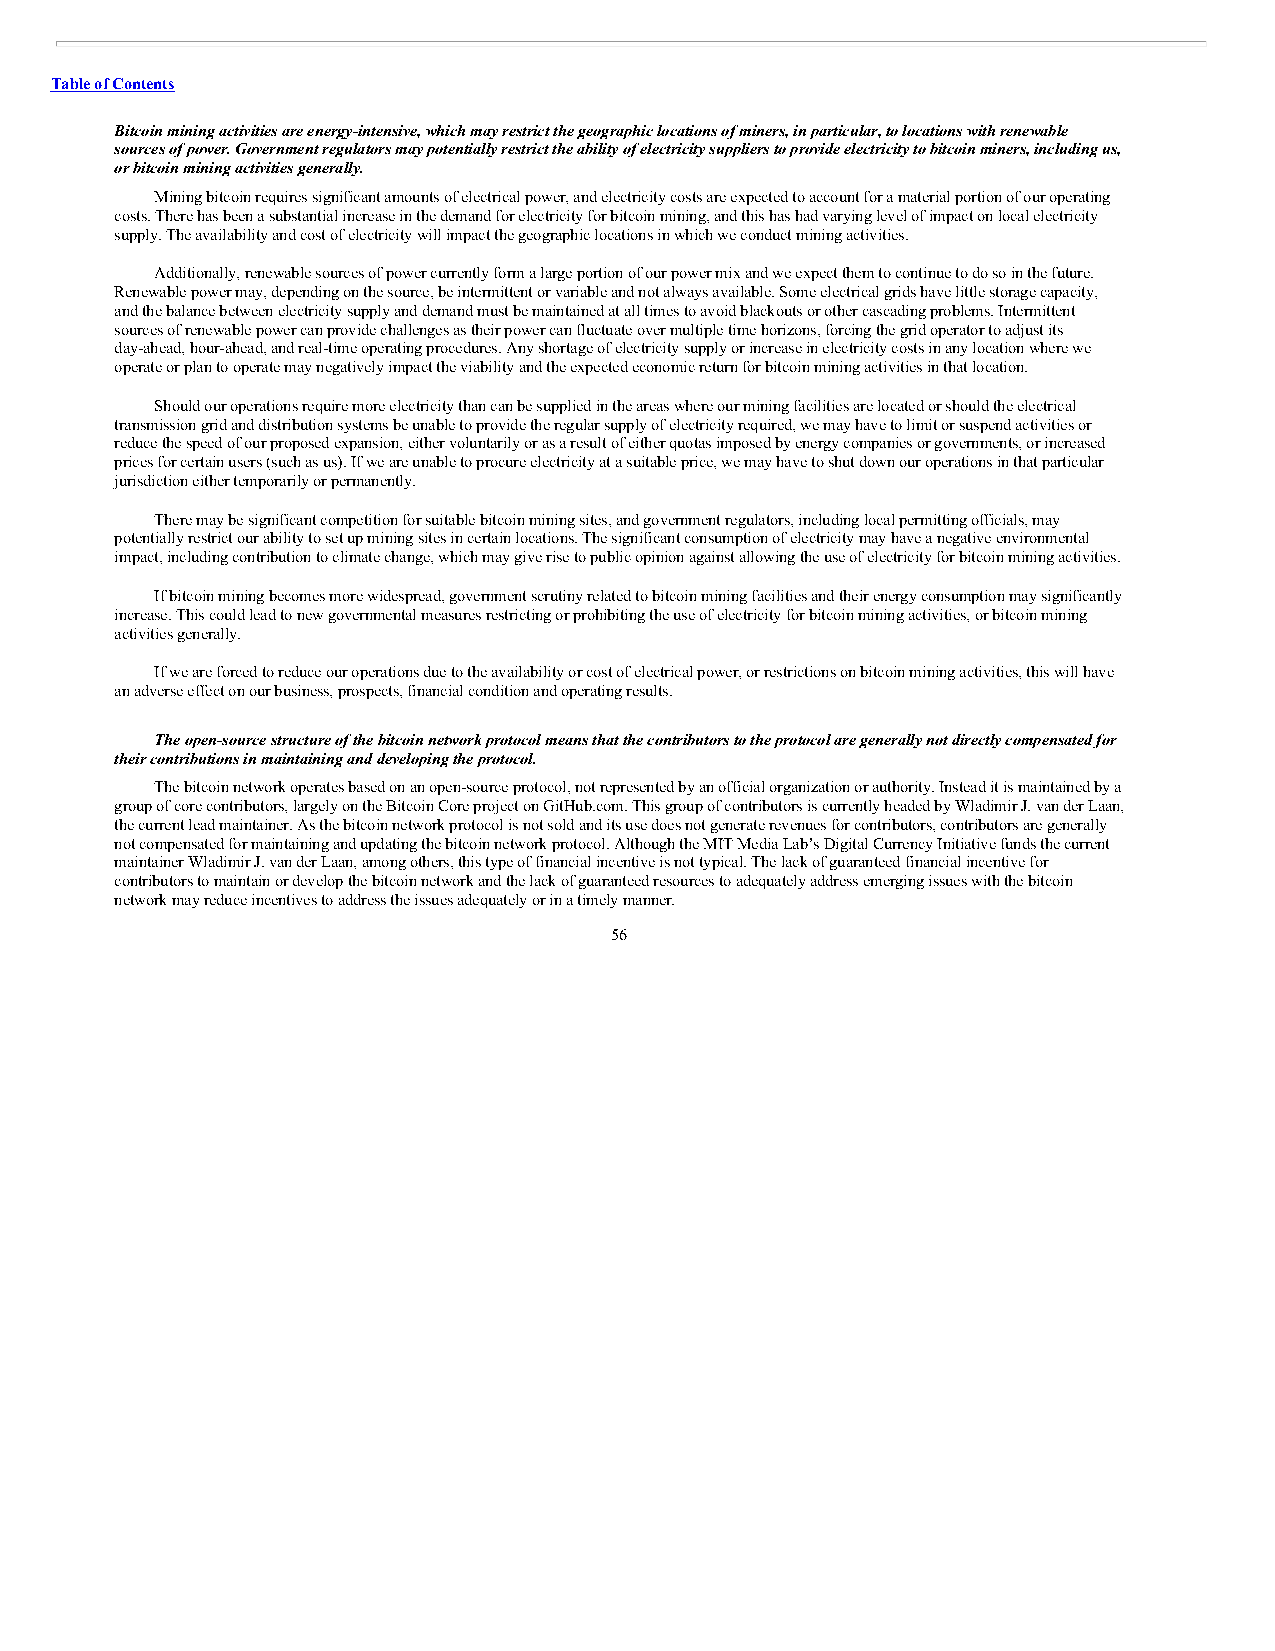
Table of Contents
 Bitcoin mining activities are energy-intensive, which may restrict the geographic locations of miners, in particular, to locations with renewable
 sources of power. Government regulators may potentially restrict the ability of electricity suppliers to provide electricity to bitcoin miners, including us,
 or bitcoin mining activities generally.
 Mining bitcoin requires significant amounts of electrical power, and electricity costs are expected to account for a material portion of our operating
 costs. There has been a substantial increase in the demand for electricity for bitcoin mining, and this has had varying level of impact on local electricity
 supply. The availability and cost of electricity will impact the geographic locations in which we conduct mining activities.
 Additionally, renewable sources of power currently form a large portion of our power mix and we expect them to continue to do so in the future.
 Renewable power may, depending on the source, be intermittent or variable and not always available. Some electrical grids have little storage capacity,
 and the balance between electricity supply and demand must be maintained at all times to avoid blackouts or other cascading problems. Intermittent
 sources of renewable power can provide challenges as their power can fluctuate over multiple time horizons, forcing the grid operator to adjust its
 day-ahead, hour-ahead, and real-time operating procedures. Any shortage of electricity supply or increase in electricity costs in any location where we
 operate or plan to operate may negatively impact the viability and the expected economic return for bitcoin mining activities in that location.
 Should our operations require more electricity than can be supplied in the areas where our mining facilities are located or should the electrical
 transmission grid and distribution systems be unable to provide the regular supply of electricity required, we may have to limit or suspend activities or
 reduce the speed of our proposed expansion, either voluntarily or as a result of either quotas imposed by energy companies or governments, or increased
 prices for certain users (such as us). If we are unable to procure electricity at a suitable price, we may have to shut down our operations in that particular
 jurisdiction either temporarily or permanently.
 There may be significant competition for suitable bitcoin mining sites, and government regulators, including local permitting officials, may
 potentially restrict our ability to set up mining sites in certain locations. The significant consumption of electricity may have a negative environmental
 impact, including contribution to climate change, which may give rise to public opinion against allowing the use of electricity for bitcoin mining activities.
 If bitcoin mining becomes more widespread, government scrutiny related to bitcoin mining facilities and their energy consumption may significantly
 increase. This could lead to new governmental measures restricting or prohibiting the use of electricity for bitcoin mining activities, or bitcoin mining
 activities generally.
 If we are forced to reduce our operations due to the availability or cost of electrical power, or restrictions on bitcoin mining activities, this will have
 an adverse effect on our business, prospects, financial condition and operating results.
 The open-source structure of the bitcoin network protocol means that the contributors to the protocol are generally not directly compensated for
 their contributions in maintaining and developing the protocol.
 The bitcoin network operates based on an open-source protocol, not represented by an official organization or authority. Instead it is maintained by a
 group of core contributors, largely on the Bitcoin Core project on GitHub.com. This group of contributors is currently headed by Wladimir J. van der Laan,
 the current lead maintainer. As the bitcoin network protocol is not sold and its use does not generate revenues for contributors, contributors are generally
 not compensated for maintaining and updating the bitcoin network protocol. Although the MIT Media Lab’s Digital Currency Initiative funds the current
 maintainer Wladimir J. van der Laan, among others, this type of financial incentive is not typical. The lack of guaranteed financial incentive for
 contributors to maintain or develop the bitcoin network and the lack of guaranteed resources to adequately address emerging issues with the bitcoin
 network may reduce incentives to address the issues adequately or in a timely manner.
 56